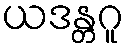
ယဒန္တဂူ